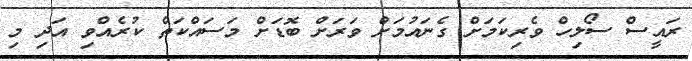
ރައީސް ސޯލިހް ވެރިކަމަށް ގެނައުމަށް ވަރަށް ބޮޑަށް މަސައްކަތް ކުރެެއްވި އަދި މި